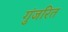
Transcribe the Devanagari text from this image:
गुंजरित